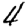
Digit: 4